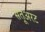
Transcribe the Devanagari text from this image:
सतूअरट